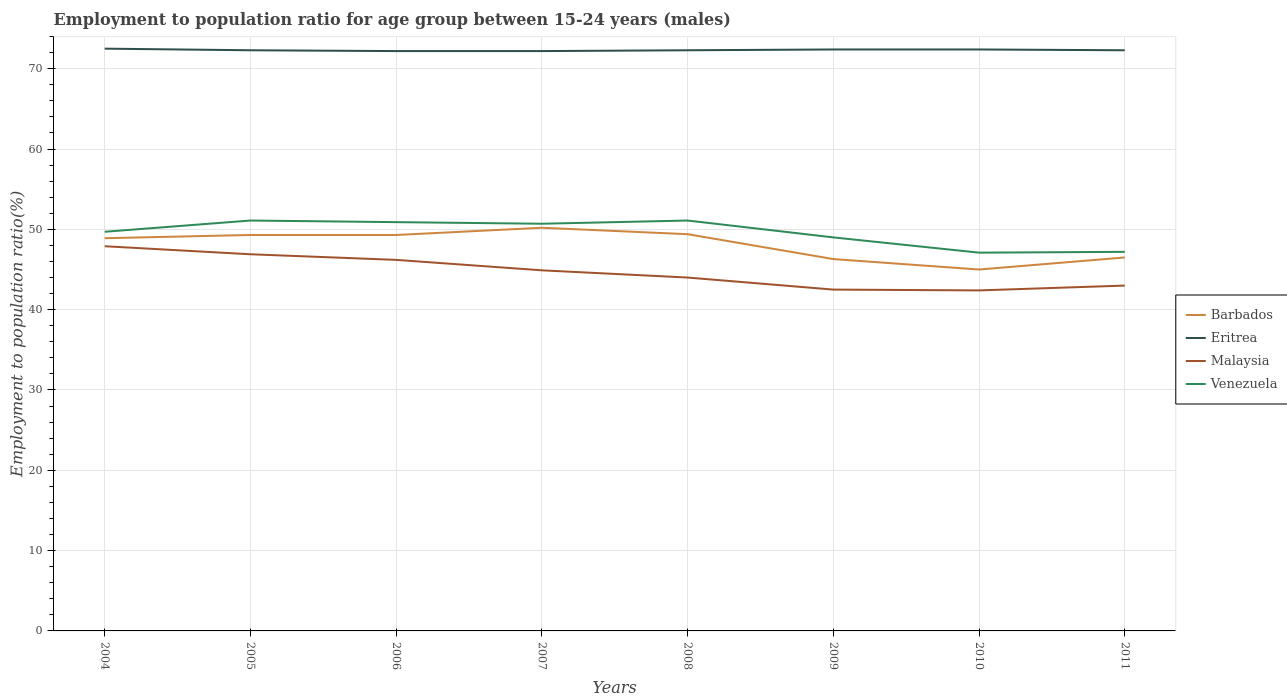
| Years | Barbados | Eritrea | Malaysia | Venezuela |
 | --- | --- | --- | --- | --- |
 | 2004 | 48.9 | 72.5 | 47.9 | 49.7 |
 | 2005 | 49.3 | 72.3 | 46.9 | 51.1 |
 | 2006 | 49.3 | 72.2 | 46.2 | 50.9 |
 | 2007 | 50.2 | 72.2 | 44.9 | 50.7 |
 | 2008 | 49.4 | 72.3 | 44 | 51.1 |
 | 2009 | 46.3 | 72.4 | 42.5 | 49 |
 | 2010 | 45 | 72.4 | 42.4 | 47.1 |
 | 2011 | 46.5 | 72.3 | 43 | 47.2 |